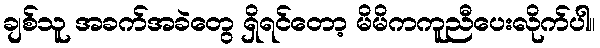
ချစ်သူ အခက်အခဲတွေ ရှိရင်တော့ မိမိကကူညီပေးလိုက်ပါ။